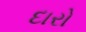
દારો